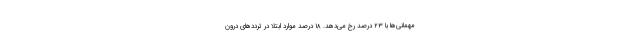
مهمانی‌ها با ۲۳ درصد رخ می‌دهد. ۱۸ درصد موارد ابتلا در ترددهای درون